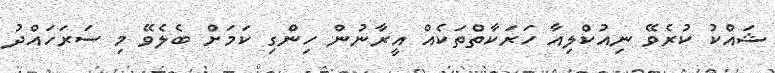
ޝައްކު ކުރެވޭ ނިއުކްލިއާ ހަރަކާތްތަކެއް އީރާނުން ހިންގި ކަމަށް ބެލެވޭ މި ސަރަހައްދު